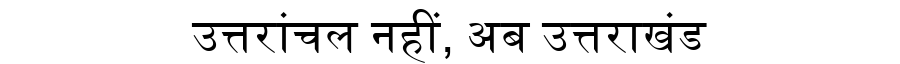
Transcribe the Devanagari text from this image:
उत्तरांचल नहीं, अब उत्तराखंड